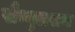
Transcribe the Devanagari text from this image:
सैम्युलसन